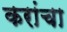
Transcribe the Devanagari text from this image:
करांचा